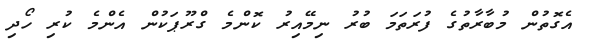
އެގޮތުން މުބާރާތުގެ ފުރަތަމަ ބުރު ނިމޭއިރު ކޮންމެ ގްރޫޕަކުން އެންމެ ކުރި ހޯދި